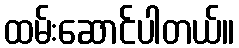
ထမ်းဆောင်ပါတယ်။